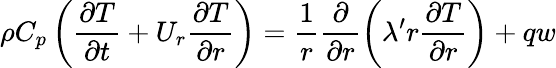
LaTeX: \rho C_{p}\left(\frac{\partial T}{\partial t}+U_{r}\frac{\partial T}{\partial r}\right)=\frac{1}{r}\frac\partial{\partial r}\left(\lambda^{\prime}r\frac{\partial T}{\partial r}\right)+qw